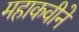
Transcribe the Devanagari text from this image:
महाकवीने